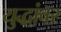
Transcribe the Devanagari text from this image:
युद्धांवर